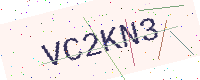
Text: VC2KN3